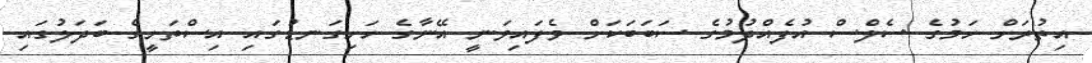
އިތުރަށް ހަމުގެ ސެލްސް އުފެއްދުމުގެ ސަބަބަކަށް ވެފައިވަނީ އޭނާގެ ހަށިގަނޑުގައި އިސްތަށީގެ ބަދަލުގައި